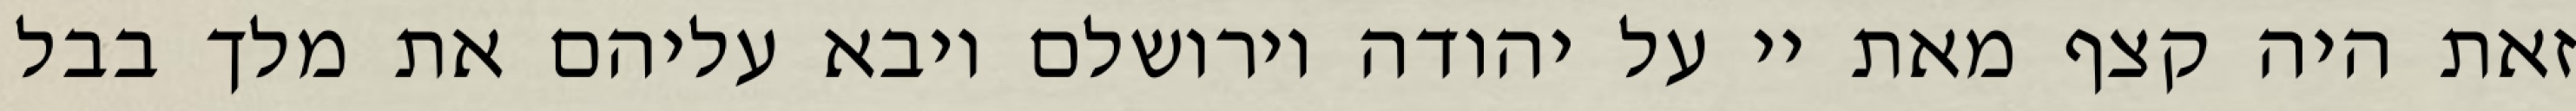
זאת היה קצף מאת יי על יהודה וירושלם ויבא עליהם את מלך בבל